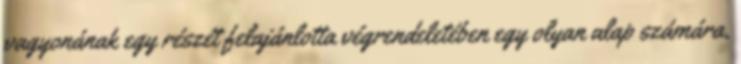
vagyonának egy részét felajánlotta végrendeletében egy olyan alap számára,